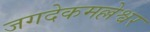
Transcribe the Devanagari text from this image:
जगदेकमल्लेश्वर